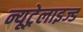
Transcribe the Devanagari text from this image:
न्यूट्रेलाइज्ड